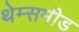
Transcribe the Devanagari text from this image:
थेम्समीड